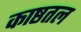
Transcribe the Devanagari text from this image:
काष्ठतल